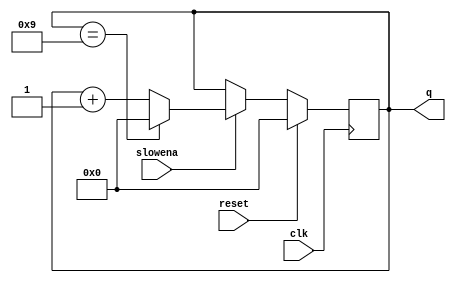
module top_module (
    input clk,
    input slowena,
    input reset,
    output [3:0] q);
    
    always @(posedge clk) begin
       
        if(reset == 1'b1) begin
           q <= 0; 
        end
        else if (slowena == 1'b1) begin
            if(q == 4'b1001) begin 
             	q <= 0;
        	end
            else begin
           		q <= q + 1;
            end
        end
        else begin
            q <= q;
        end
        
    end

endmodule